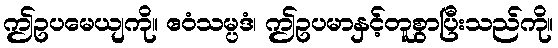
ဤဥပမေယျကို။ ဧဝံသမ္ပဒံ၊ ဤဥပမာနှင့်တူစွာပြီးသည်ကို။